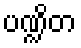
ပဏ္ဍိတ